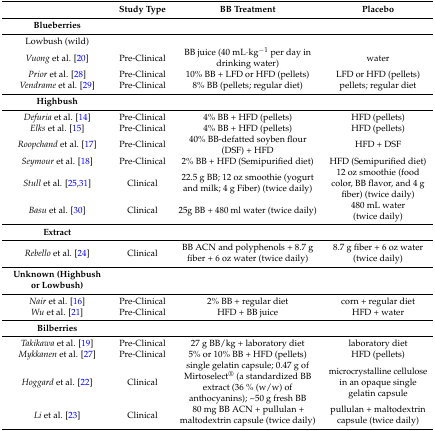
|  | Study Type | BB Treatment | Placebo |
 | --- | --- | --- | --- |
 | Blueberries |  |  |  |
 | Lowbush (wild) |  |  |  |
 | Vuong et al. [20] | Pre-Clinical | BB juice (40 mL·kg−1 per day in drinking water) | water |
 | Prior et al. [28] | Pre-Clinical | 10% BB + LFD or HFD (pellets) | LFD or HFD (pellets) |
 | Vendrame et al. [29] | Pre-Clinical | 8% BB (pellets; regular diet) | pellets; regular diet |
 | Highbush |  |  |  |
 | Defuria et al. [14] | Pre-Clinical | 4% BB + HFD (pellets) | HFD (pellets) |
 | Elks et al. [15] | Pre-Clinical | 4% BB + HFD (pellets) | HFD (pellets) |
 | Roopchand et al. [17] | Pre-Clinical | 40% BB-defatted soyben flour (DSF) + HFD | HFD + DSF |
 | Seymour et al. [18] | Pre-Clinical | 2% BB + HFD (Semipurified diet) | HFD (Semipurified diet) |
 | Stull et al. [25,31] | Clinical | 22.5 g BB; 12 oz smoothie (yogurt and milk; 4 g Fiber) (twice daily) | 12 oz smoothie (food color, BB flavor, and 4 g fiber) (twice daily) |
 | Basu et al. [30] | Clinical | 25g BB + 480 ml water (twice daily) | 480 mL water (twice daily) |
 | Extract |  |  |  |
 | Rebello et al. [24] | Clinical | BB ACN and polyphenols + 8.7 g fiber + 6 oz water (twice daily) | 8.7 g fiber + 6 oz water (twice daily) |
 | Unknown (Highbush or Lowbush) |  |  |  |
 | Nair et al. [16] | Pre-Clinical | 2% BB + regular diet | corn + regular diet |
 | Wu et al. [21] | Pre-Clinical | HFD + BB juice | HFD + water |
 | Bilberries |  |  |  |
 | Takikawa et al. [19] | Pre-Clinical | 27 g BB/kg + laboratory diet | laboratory diet |
 | Mykkanen et al. [27] | Pre-Clinical | 5% or 10% BB + HFD (pellets) | HFD (pellets) |
 | Hoggard et al. [22] | Clinical | single gelatin capsule; 0.47 g of Mirtoselect® (a standardized BB extract (36 % (w/w) of anthocyanins); ~50 g fresh BB | microcrystalline cellulose in an opaque single gelatin capsule |
 | Li et al. [23] | Clinical | 80 mg BB ACN + pullulan + maltodextrin capsule (twice daily) | pullulan + maltodextrin capsule (twice daily) |